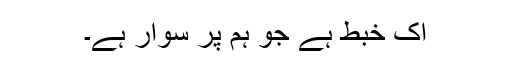
اک خبط ہے جو ہم پر سوار ہے۔